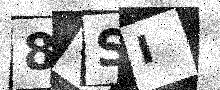
Text: 88SI